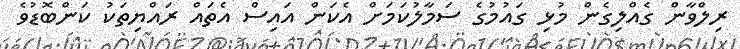
ރިލްވާން ގެއްލިގެން މުޅި ގައުމުގެ ސަމާލުކަމަށް އެކަން އައިސް އެތައް ރައްޔިތަކު ކަންބޮޑުވެ